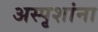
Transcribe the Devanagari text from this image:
अस्पृशांना